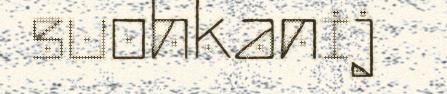
suohkanij